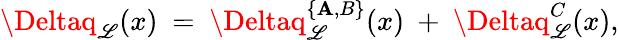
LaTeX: \Deltaq_{\mathscr{L}}(x)\ =\ \Deltaq_{\mathscr{L}}^{\{ \mathbf{A},B\} }(x)\ +\ \Deltaq_{\mathscr{L}}^{C}(x),